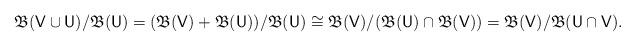
LaTeX: \begin{align*}\mathfrak B(\mathsf V\cup \mathsf U) /\mathfrak B(\mathsf U) = (\mathfrak B(\mathsf V) + \mathfrak B(\mathsf U))/ \mathfrak B(\mathsf U) \cong \mathfrak B(\mathsf V)/(\mathfrak B(\mathsf U) \cap\mathfrak B(\mathsf V)) = \mathfrak B(\mathsf V) / \mathfrak B(\mathsf U \cap \mathsf V).\end{align*}